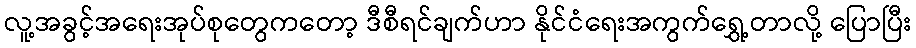
လူ့အခွင့်အရေးအုပ်စုတွေကတော့ ဒီစီရင်ချက်ဟာ နိုင်ငံရေးအကွက်ရွှေ့တာလို့ ပြောပြီး